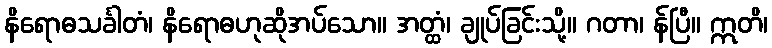
နိရောဓသင်္ခါတံ၊ နိရောဓဟုဆိုအပ်သော။ အတ္ထံ၊ ချုပ်ခြင်းသို့။ ဂတာ၊ န်ပြီ။ ဣတိ၊